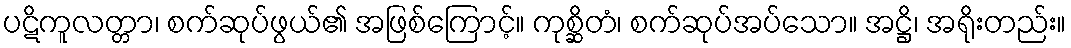
ပဋိကူလတ္တာ၊ စက်ဆုပ်ဖွယ်၏ အဖြစ်ကြောင့်။ ကုစ္ဆိတံ၊ စက်ဆုပ်အပ်သော။ အဋ္ဌိ၊ အရိုးတည်း။